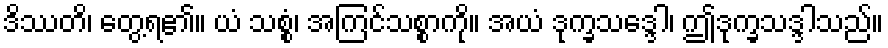
ဒိဿတိ၊ တွေ့ရ၏။ ယံ သစ္စံ၊ အကြင်သစ္စာကို။ အယံ ဒုက္ခသဒ္ဒေါ၊ ဤဒုက္ခသဒ္ဒါသည်။